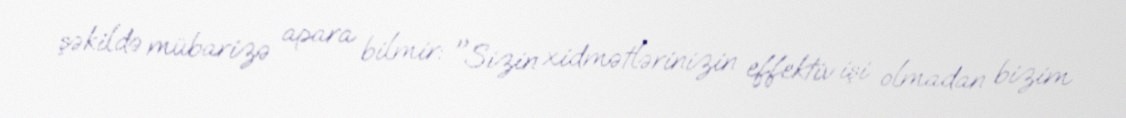
şəkildə mübarizə apara bilmir: "Sizin xidmətlərinizin effektiv işi olmadan bizim